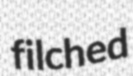
filched